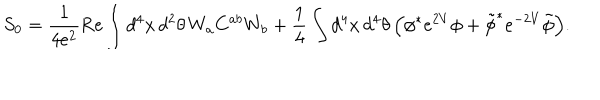
S _ { 0 } = \frac { 1 } { 4 e ^ { 2 } } \mathrm { R e } \int d ^ { 4 } x \, d ^ { 2 } \theta \, W _ { a } C ^ { a b } W _ { b } + \frac { 1 } { 4 } \int d ^ { 4 } x \, d ^ { 4 } \theta \, \Big ( \phi ^ { * } e ^ { 2 V } \phi + \tilde { \phi } ^ { * } e ^ { - 2 V } \tilde { \phi } \Big ) .